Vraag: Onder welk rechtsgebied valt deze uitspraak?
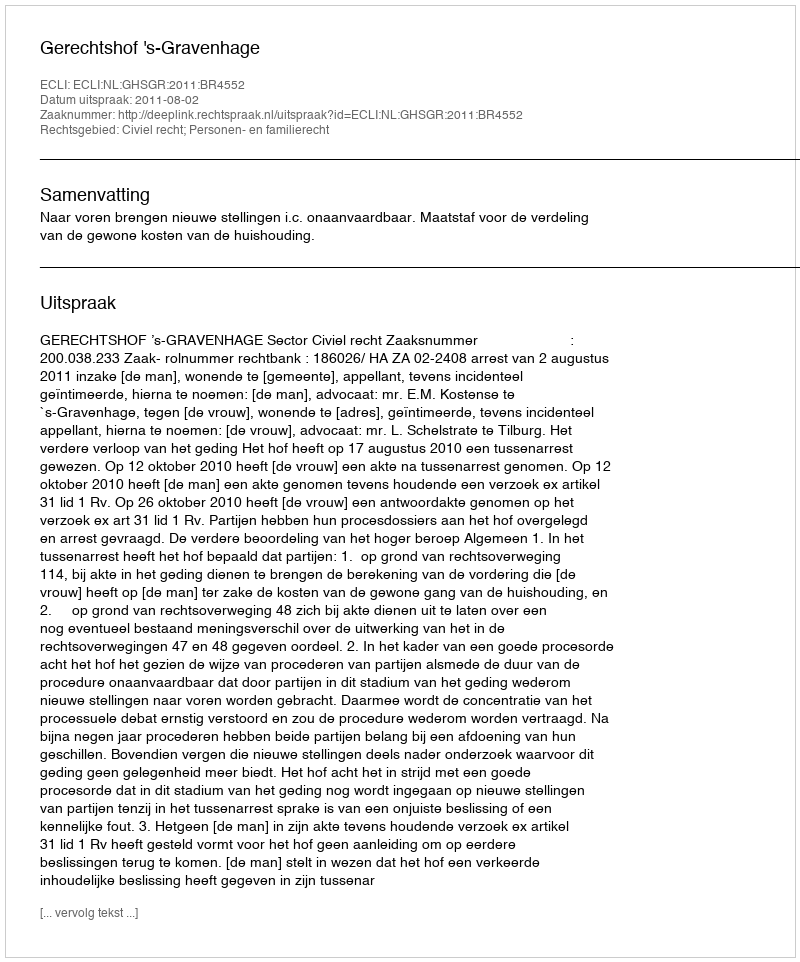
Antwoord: Civiel recht; Personen- en familierecht